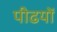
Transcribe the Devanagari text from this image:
पीढयों